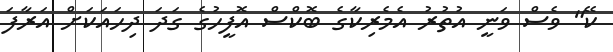
ކޭ" ވެސް ވަނީ އުތުރު އެމެރިކާގެ ބޮކްސް އޮފީހުގެ ގަދަ ދިހައަކަށް އަރާފަ